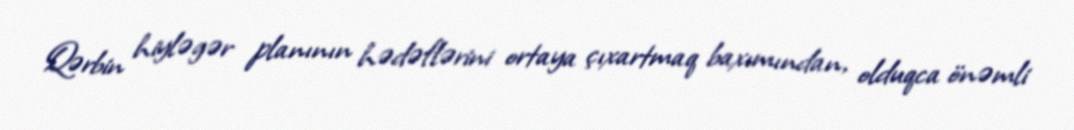
Qərbin hiyləgər planının hədəflərini ortaya çıxartmaq baxımından, olduqca önəmli